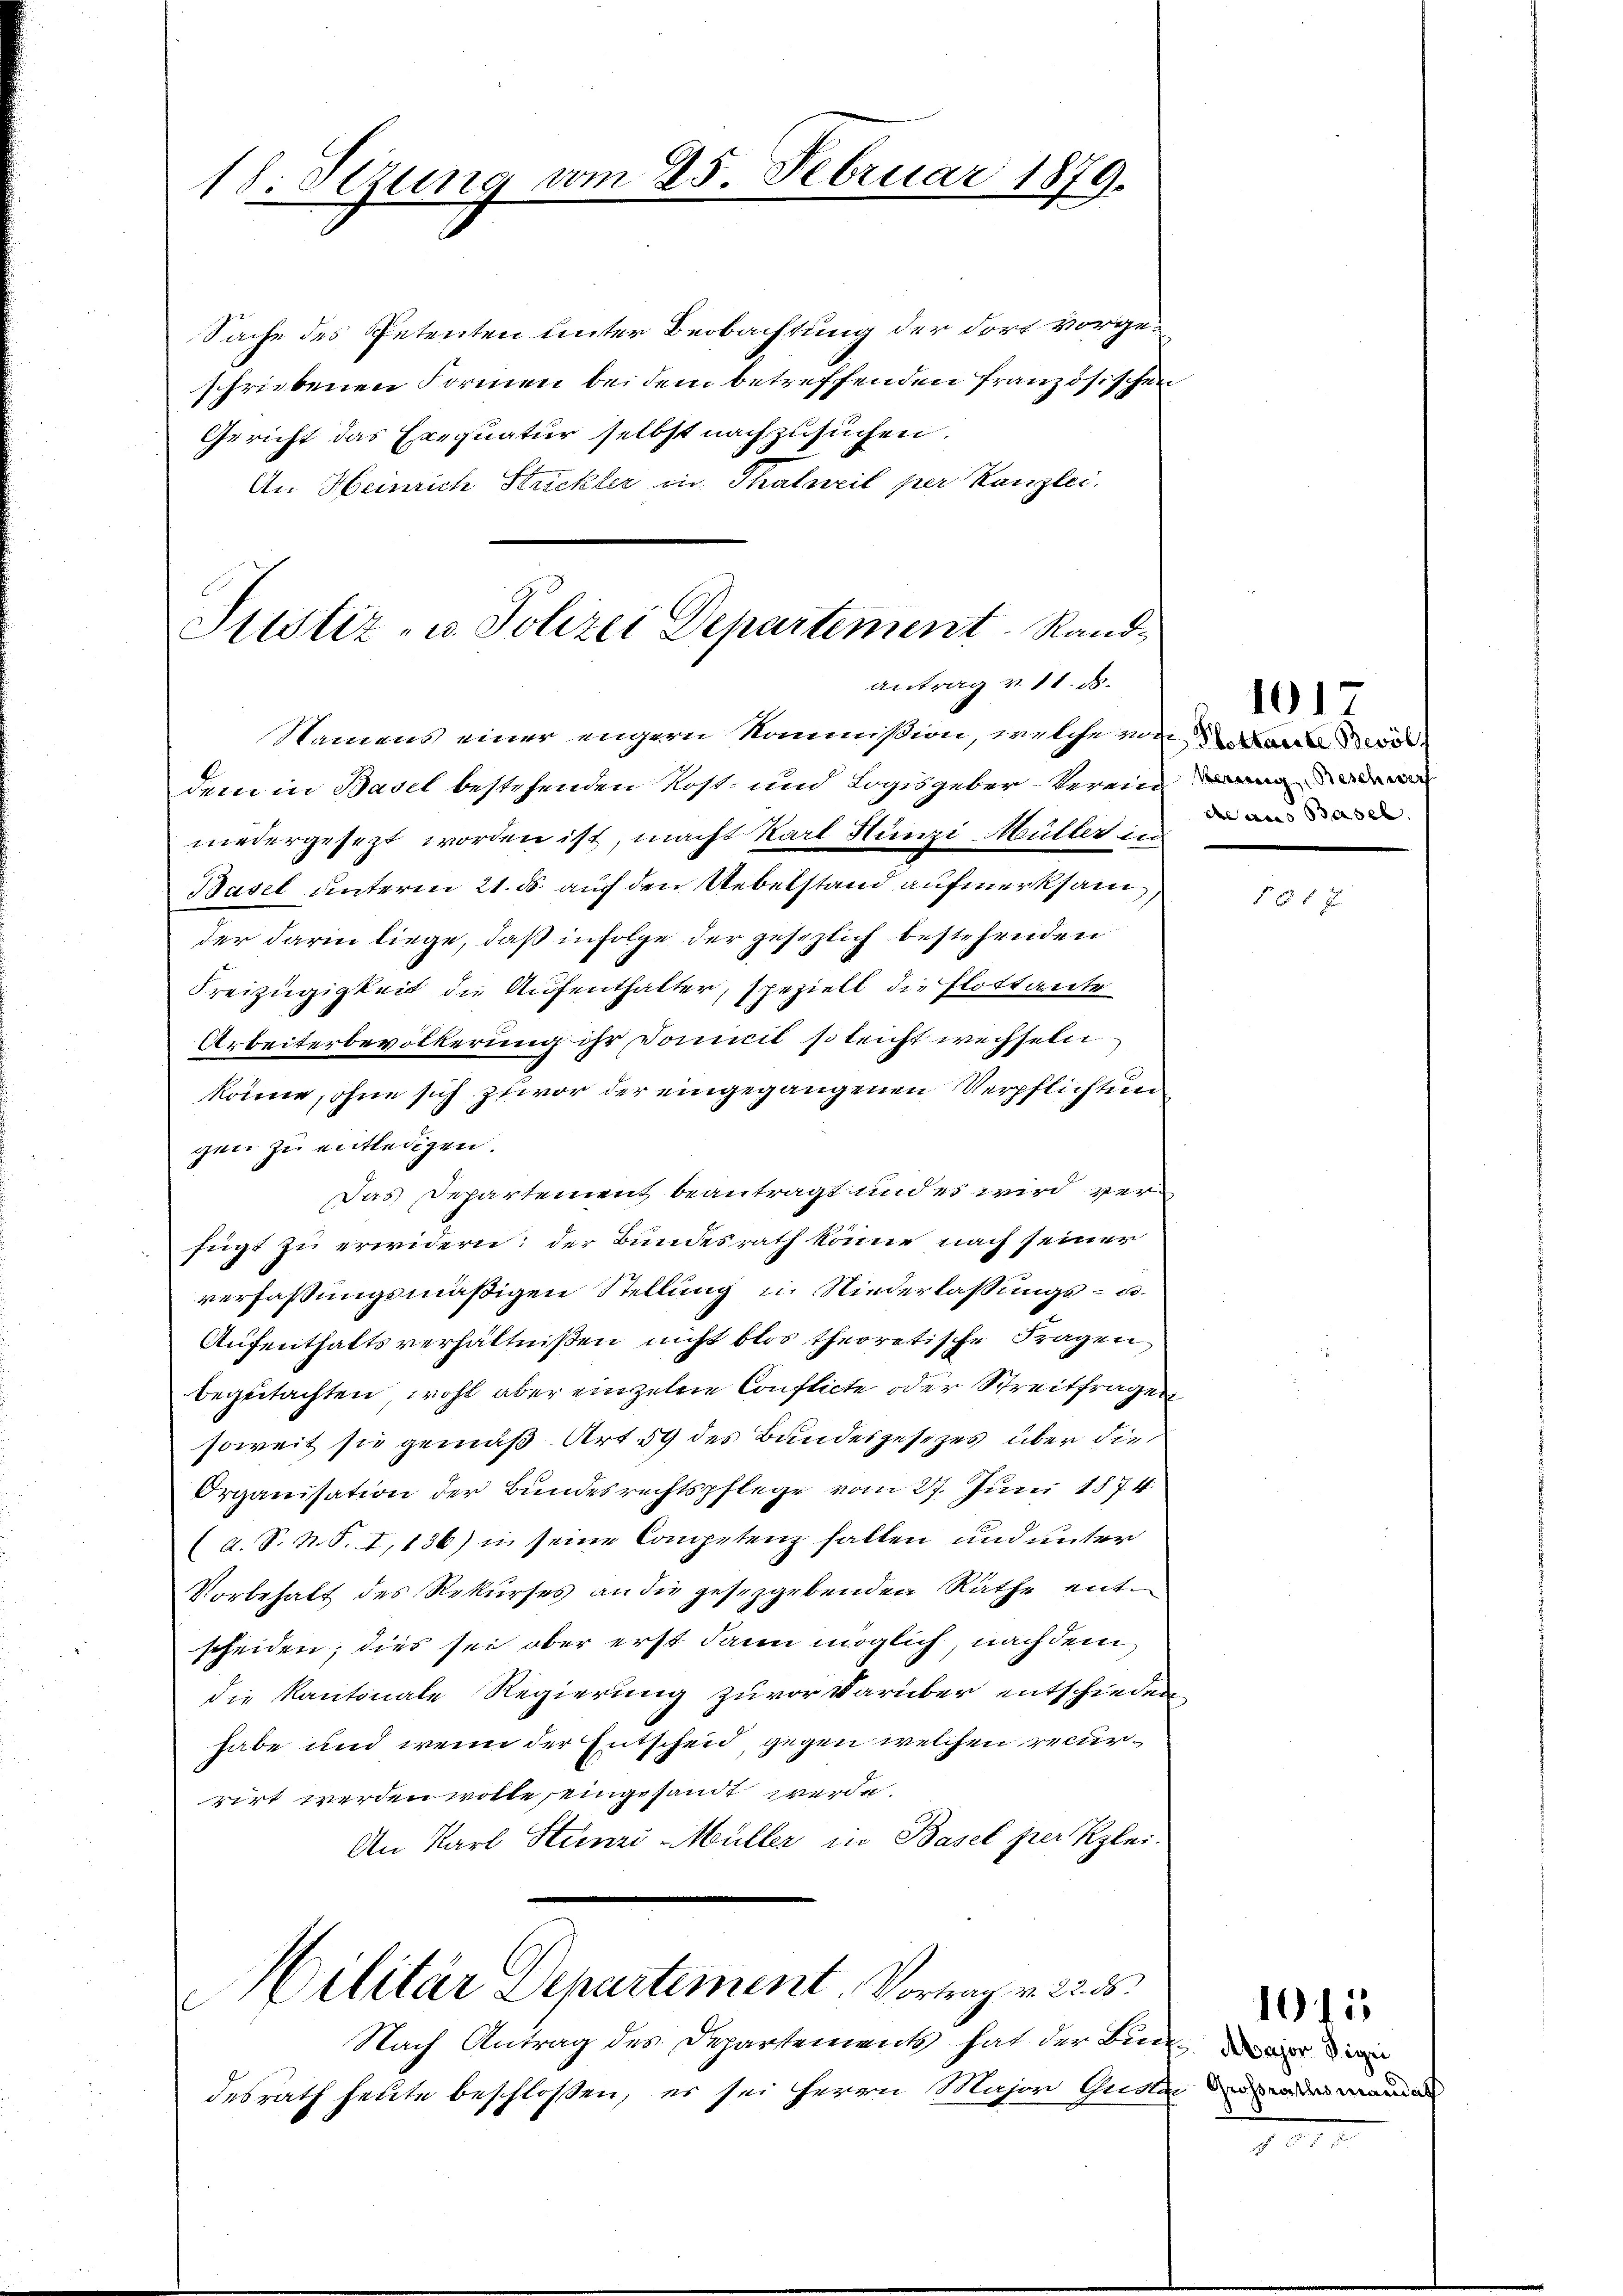
18. Serung

Sache des Petenten unter Beobachtung der dort vorgeschriebenen Formen bei dem betreffenden französischen
Gericht das Exequatur selbst nachzusuchen.
An Heinrich Strickler in Thalweil per Kanzlei.

vom 25. Februar 1879.

Justiz- u. Polizei Departement Randantrag v. 11. d.

Namens einer engern Kommission, welche von d
dem in Basel bestehenden Kost- und Logis geber verein
niedergesezt worden ist, macht Karl Hünzi Müller in
Basel unterm 21. ds. auf den Uebelstand aufmerksam
der darin liege, daß in Folge der gesezlich bestehenden
Freizügigkeit die Aufenthalter, speziell die Flottante
Arbeiterbevölkerung ihr domicil so leicht wechseln
könne, ohne sich zuvor der eingegangenen Verpflichten
gen zu entledigen.
Das Departement beantragt und es wird verfügt zu erwidern: der Bundesrath könne nach seiner
verfassungsmäßigen Stellung i. Niederlassungs- u.
Aufenthaltsverhältnißen nicht blos theoretische Fragen,
begutachten, wohl aber einzelne Conflicte oder Streitfragen
soweit sie gemäß Art. 59 des Bundesgesezes über die
Organisation der Bundesrechtspflege vom 27. Juni 1874.
(a. S. N. S. I,136) in seine Competenz fallen und unter
Vorbehalt des Rekurses an die gesetzgebenden Räthe entscheiden; dies sei aber erst dann möglich, nach dem
die Kantonale Regierung zuvor darüber entschieden.
habe und wenn der Entscheid, gegen welchen recurrirt werden wolle, eingesandt werde.
An Karl Stünzi Müller in Basel per Klei¬
Militär Departiment. Vortrag v. 22. 55.
Nach Antrag des Departements hat der Bund die
desrath heute beschlossen, es sei Herrn Major Gusta der ander

de aus Basel.

101

1015